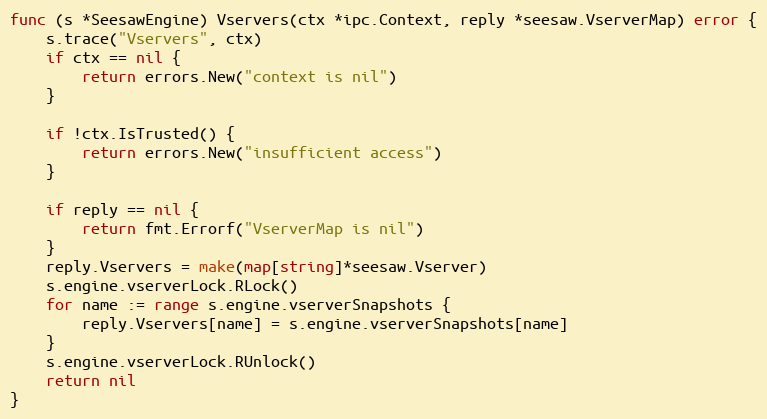
Language: Go
func (s *SeesawEngine) Vservers(ctx *ipc.Context, reply *seesaw.VserverMap) error {
	s.trace("Vservers", ctx)
	if ctx == nil {
		return errors.New("context is nil")
	}

	if !ctx.IsTrusted() {
		return errors.New("insufficient access")
	}

	if reply == nil {
		return fmt.Errorf("VserverMap is nil")
	}
	reply.Vservers = make(map[string]*seesaw.Vserver)
	s.engine.vserverLock.RLock()
	for name := range s.engine.vserverSnapshots {
		reply.Vservers[name] = s.engine.vserverSnapshots[name]
	}
	s.engine.vserverLock.RUnlock()
	return nil
}